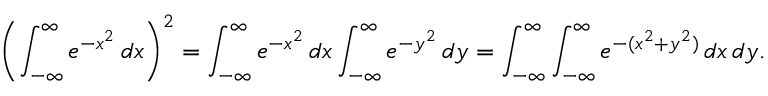
\left( \int _ { - \infty } ^ { \infty } e ^ { - x ^ { 2 } } \, d x \right) ^ { 2 } = \int _ { - \infty } ^ { \infty } e ^ { - x ^ { 2 } } \, d x \int _ { - \infty } ^ { \infty } e ^ { - y ^ { 2 } } \, d y = \int _ { - \infty } ^ { \infty } \int _ { - \infty } ^ { \infty } e ^ { - ( x ^ { 2 } + y ^ { 2 } ) } \, d x \, d y .